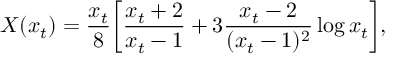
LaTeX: X ( x _ { t } ) = { \frac { x _ { t } } { 8 } } \biggl [ { \frac { x _ { t } + 2 } { x _ { t } - 1 } } + 3 { \frac { x _ { t } - 2 } { ( x _ { t } - 1 ) ^ { 2 } } } \log x _ { t } \biggr ] ,